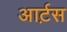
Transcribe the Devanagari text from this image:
आर्ट़स